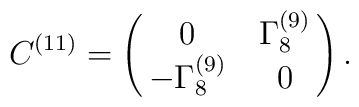
C^{(11)}= \pmatrix{0 & \Gamma^{(9)}_8\cr -  \Gamma^{(9)}_8 &  0}.